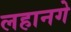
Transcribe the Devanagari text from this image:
लहानगे